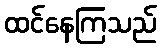
ထင်နေကြသည်